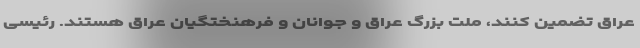
عراق تضمین کنند، ملت بزرگ عراق و جوانان و فرهنختگیان عراق هستند. رئیسی